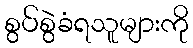
စွပ်စွဲခံရသူများကို